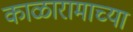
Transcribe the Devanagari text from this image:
काळारामाच्या